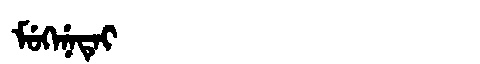
Manchu: ᠮᡠᡴᡝᠨᡝᡨᡝᡳ
Romanization: MUKENETEI